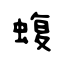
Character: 蝮